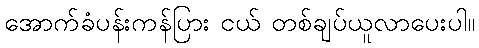
အောက်ခံပန်းကန်ပြား ငယ် တစ်ချပ်ယူလာပေးပါ။